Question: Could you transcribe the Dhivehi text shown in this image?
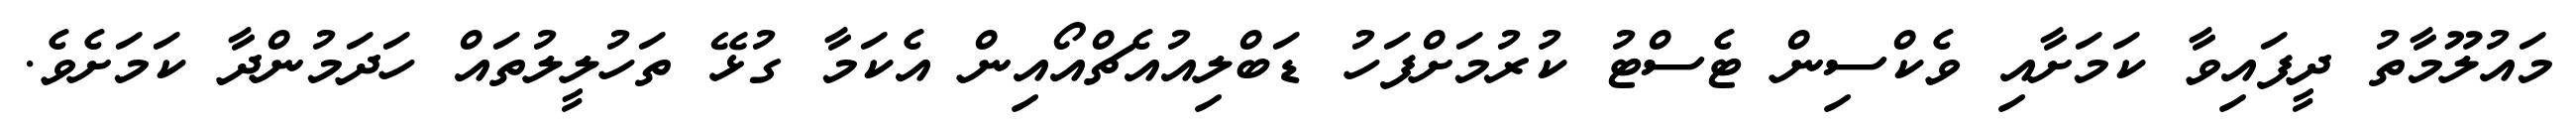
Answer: މައުލޫމާތު ދީފައިވާ ކަމަށާއި ވެކްސިން ޓެސްޓު ކުރުމަށްފަހު ޑަބްލިއުއެޗްއޯއިން އެކަމާ ގުޅޭ ތަހުލީލުތައް ހަދަމުންދާ ކަމަށެވެ.